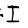
Character: I